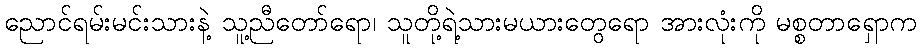
ညောင်ရမ်းမင်းသားနဲ့ သူ့ညီတော်ရော၊ သူတို့ရဲ့သားမယားတွေရော အားလုံးကို မစ္စတာရှောက